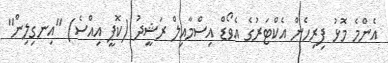
އެންމެ މޮޅު ފިރިހެން އެކްޓަރުގެ އެވޯޑް އިސްމާއިލް ރަޝީދު (ކޮޕީ އިއްސެ) "އިނގިލިން"